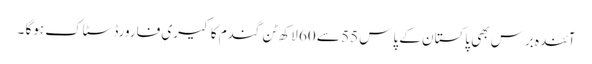
آئندہ برس بھی پاکستان کے پاس 55 سے 60 لاکھ ٹن گندم کا کیری فارورڈ سٹاک ہوگا ۔